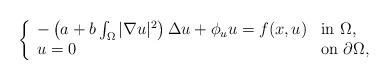
\begin{align*}\left \{ \begin{array}{ll}-\left(a+b\int_{\Omega}|\nabla u|^{2}\right)\Delta u +\phi_{u} u= f(x, u) & \mbox{in $\Omega$,}\\u=0 & \mbox{on $\partial\Omega$},\end{array}\right.\end{align*}